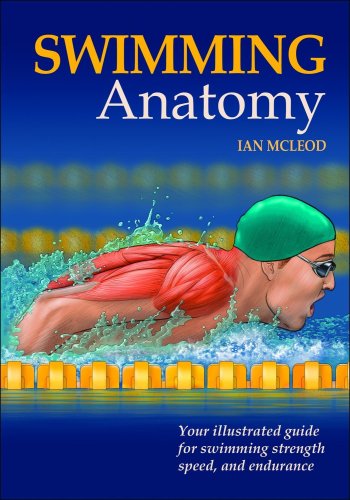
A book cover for Swimming Anatomy; Ian McLeod; Health, Fitness & Dieting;